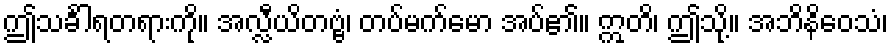
ဤသင်္ခါရတရားကို။ အလ္လီယိတဗ္ဗံ၊ တပ်မက်မော အပ်၏။ ဣတိ၊ ဤသို့။ အဘိနိဝေသံ၊